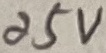
Text: 25V